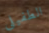
الطفيلي